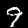
Digit: 9